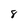
Character: 8